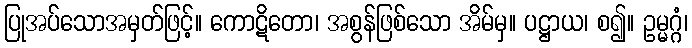
ပြုအပ်သောအမှတ်ဖြင့်။ ကောဋိတော၊ အစွန်ဖြစ်သော အိမ်မှ။ ပဋ္ဌာယ၊ စ၍။ ဥမ္မဂ္ဂံ၊